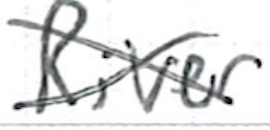
Text: River
Cross-out: cross
Writing tool: ballpoint